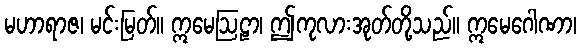
မဟာရာဇ၊ မင်းမြတ်။ ဣမေဩဠာ၊ ဤကုလားအုတ်တို့သည်။ ဣမေဂေါဏာ၊